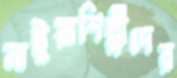
নাটুয়াশিল্পীদের